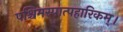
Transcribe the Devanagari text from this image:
पश्चिमस्पात्पहारिकम्।